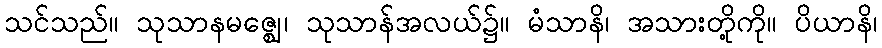
သင်သည်။ သုသာနမဇ္ဈေ၊ သုသာန်အလယ်၌။ မံသာနိ၊ အသားတို့ကို။ ပိယာနိ၊